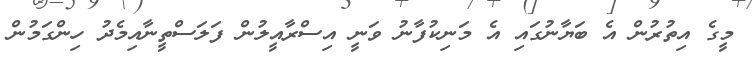
މީގެ އިތުރުން އެ ބަޔާނުގައި އެ މަނިކުފާނު ވަނީ އިސްރާއީލުން ފަލަސްތީނާއިމެދު ހިންގަމުން